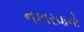
નકારવાનો